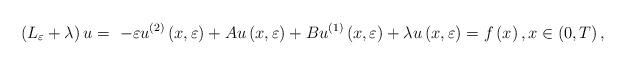
LaTeX: \begin{align*}\left( L_{\varepsilon }+\lambda \right) u=\ -\varepsilon u^{\left( 2\right)}\left( x,\varepsilon \right) +Au\left( x,\varepsilon \right) +Bu^{\left(1\right) }\left( x,\varepsilon \right) +\lambda u\left( x,\varepsilon\right) =f\left( x\right) ,x\in \left( 0,T\right) , \end{align*}